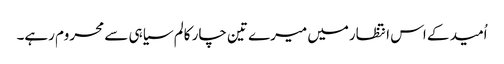
اُمید کے اس انتظارمیں میرے تین چار کالم سیاہی سے محروم رہے۔